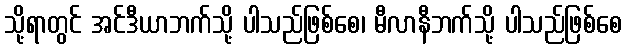
သို့ရာတွင် အင်ဒီယာဘက်သို့ ပါသည်ဖြစ်စေ၊ မီလာနီဘက်သို့ ပါသည်ဖြစ်စေ